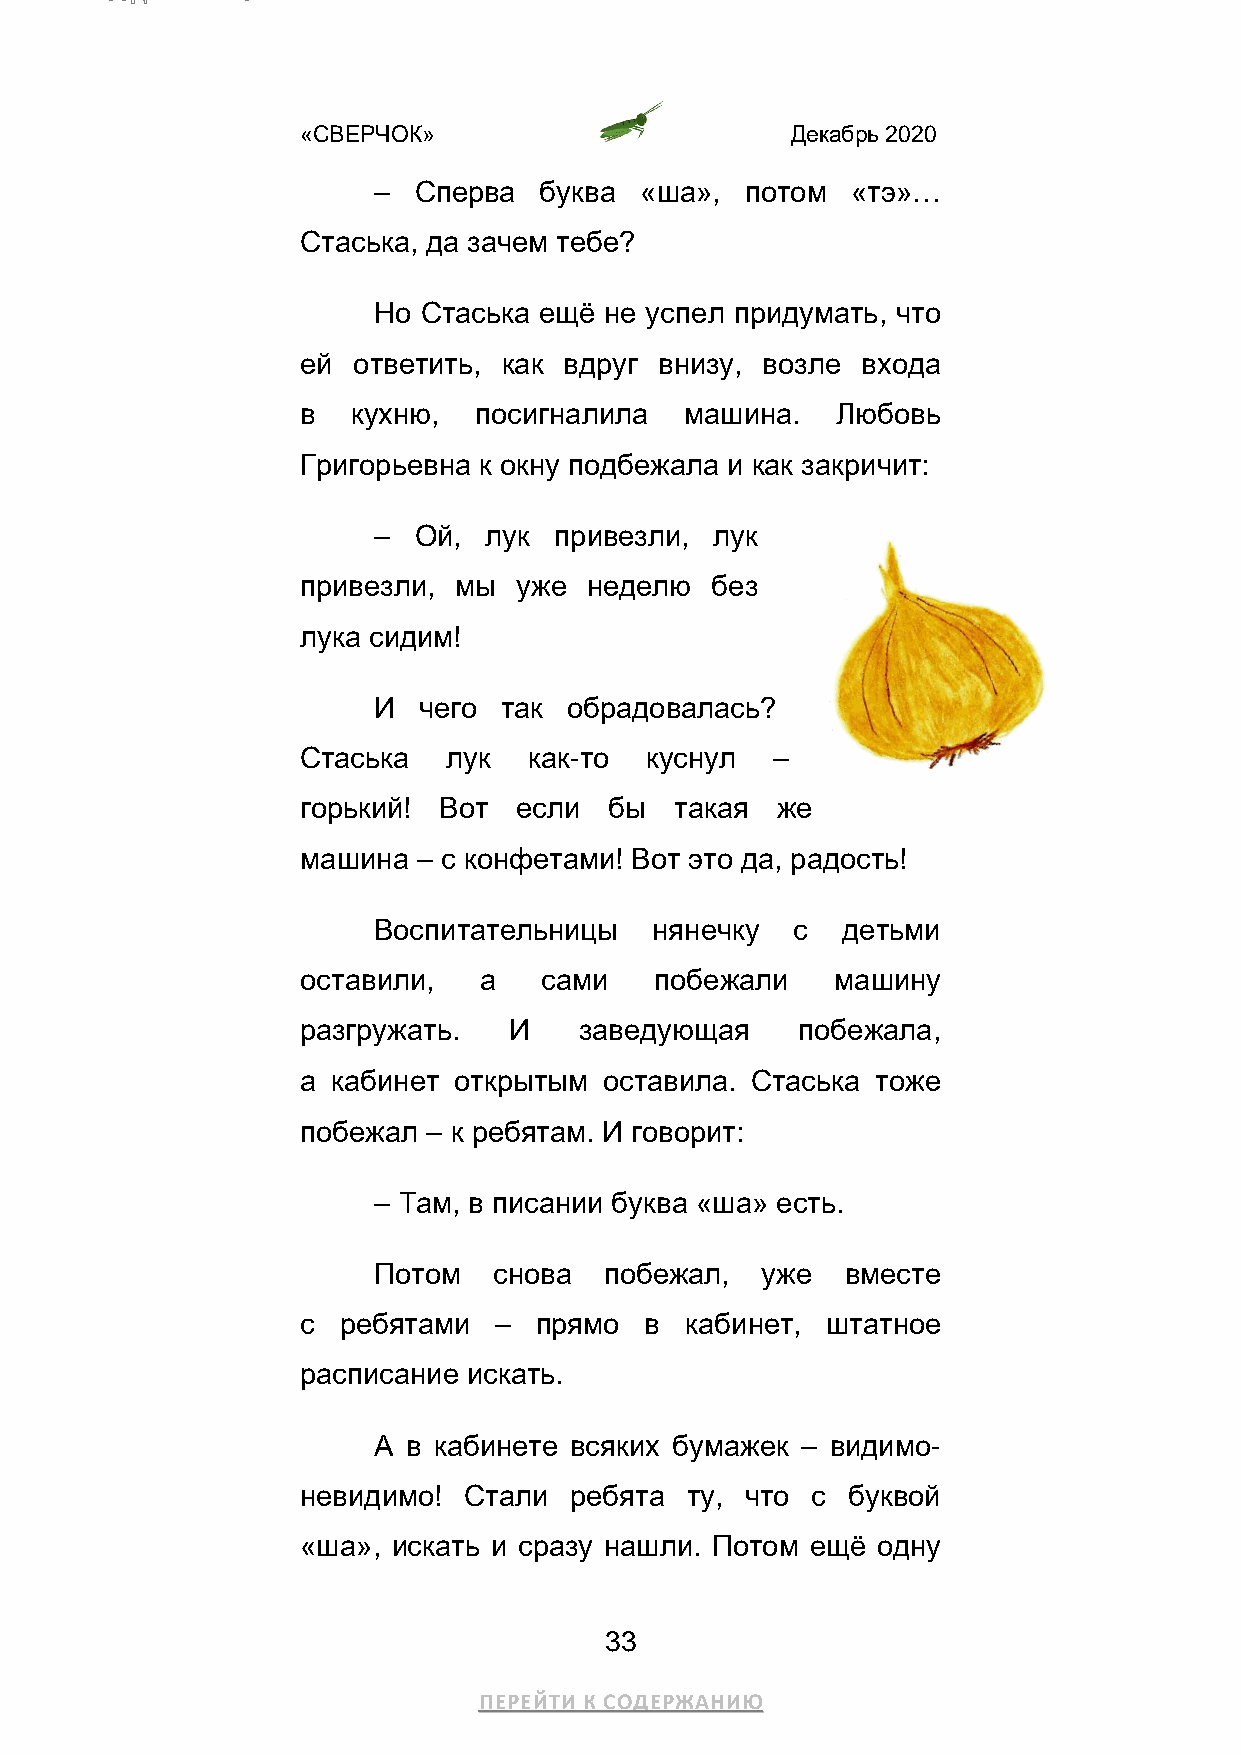
«СВЕРЧОК»                       Декабрь 2020
 – Сперва   буква «ша»,  потом  «тэ»…
 Стаська, да зачем тебе?
 Но Стаська ещё не успел придумать, что
 ей ответить, как вдруг  внизу, возле входа
 в  кухню,  посигналила   машина.   Любовь
 Григорьевна к окну подбежала и как закричит:
 – Ой,  лук  привезли, лук
 привезли, мы  уже  неделю  без
 лука сидим!
 И  чего так  обрадовалась?
 Стаська   лук  как-то  куснул  –
 горький! Вот  если  бы   такая же
 машина  – с конфетами! Вот это да, радость!
 Воспитательницы   нянечку   с  детьми
 оставили,   а   сами   побежали    машину
 разгружать.   И   заведующая     побежала,
 а кабинет открытым  оставила. Стаська тоже
 побежал – к ребятам. И говорит:
 – Там, в писании буква «ша» есть.
 Потом   снова  побежал,  уже   вместе
 с ребятами   – прямо   в кабинет,  штатное
 расписание искать.
 А в кабинете всяких бумажек – видимо-
 невидимо!  Стали  ребята ту, что  с буквой
 «ша», искать и сразу нашли. Потом ещё одну
 33
 ПЕРЕЙТИ К СОДЕРЖАНИЮ